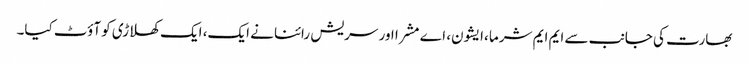
بھارت کی جانب سے ایم ایم شرما ،ایشون، اے مشرا اور سریش رائنا نے ایک، ایک کھلاڑی کو آؤٹ کیا۔